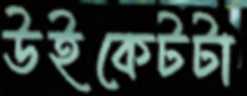
উইকেটটা